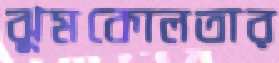
ঝুমকোলতার